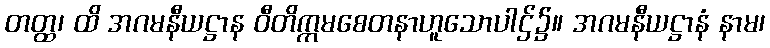
တတ္ထ၊ ထိ အဂမနီယဋ္ဌာန ဝီတိက္ကမစေတနာဟူသောပါဌ်၌။ အဂမနီယဋ္ဌာနံ နာမ၊